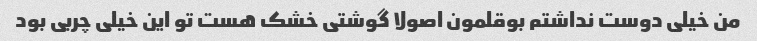
من خیلی دوست نداشتم بوقلمون اصولا گوشتی خشک هست تو این خیلی چربی بود